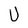
Character: U